Indian journal of veterinary science and animal husbandry - Volume 3,
Year: 1933
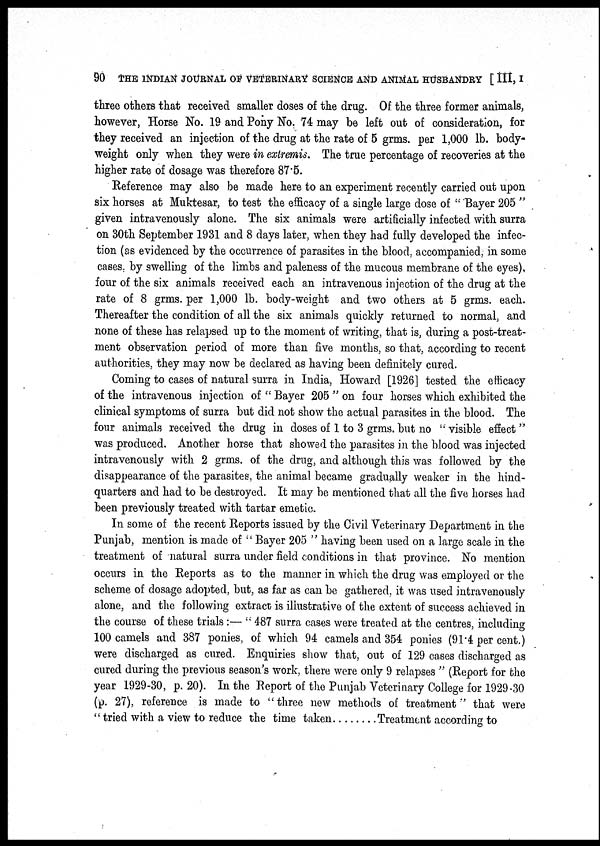
90 THE INDIAN JOURNAL OF VETERINARY SCIENCE AND ANIMAL HUSBANDRY [ III, I
three others that received smaller doses of the drug. Of the three former animals,
however, Horse No. 19 and Pony No. 74 may be left out of consideration, for
they received an injection of the drug at the rate of 5 grms. per 1,000 lb. body-
weight only when they were in extremis. The true percentage of recoveries at the
higher rate of dosage was therefore 87.5.
Reference may also be made here to an experiment recently carried out upon
six horses at Muktesar, to test the efficacy of a single large dose of ' ' Bayer 205 "
given intravenously alone. The six animals were artificially infected with surra
on 30th September 1931 and 8 days later, when they had fully developed the infec-
tion (as evidenced by the occurrence of parasites in the blood, accompanied, in some
cases, by swelling of the limbs and paleness of the mucous membrane of the eyes),
four of the six animals received each an intravenous injection of the drug at the
rate of 8 grms. per 1,000 lb. body-weight and two others at 5 grms. each.
Thereafter the condition of all the six animals quickly returned to normal, and
none of these has relapsed up to the moment of writing, that is, during a post-treat-
ment observation period of more than five months, so that, according to recent
authorities, they may now be declared as having been definitely cured.
Coming to cases of natural surra in India, Howard [1926] tested the efficacy
of the intravenous injection of " Bayer 205 " on four horses which exhibited the
clinical symptoms of surra but did not show the actual parasites in the blood. The
four animals received the drug in doses of 1 to 3 grms. but no visible effect "
was produced. Another horse that showed the parasites in the blood was injected
intravenously with 2 grms. of the drug, and although this was followed by the
disappearance of the parasites, the animal became gradually weaker in the hind-
quarters and had to be destroyed. It may be mentioned that all the five horses had
been previously treated with tartar emetic.
In some of the recent Reports issued by the Civil Veterinary Department in the
Punjab, mention is made of " Bayer 205 " having been used on a large scale in the
treatment of natural surra under field conditions in that province. No mention
occurs in the Reports as to the manner in which the drug was employed or the
scheme of dosage adopted, but, as far as can be gathered, it was used intravenously
alone, and the following extract is illustrative of the extent of success achieved in
the course of these trials :— " 487 surra cases were treated at the centres, including
100 camels and 387 ponies, of which 94 camels and 354 ponies (91.4 per cent.)
were discharged as cured. Enquiries show that, out of 129 cases discharged as
cured during the previous season's work, there were only 9 relapses " (Report for the
year 1929-30, p. 20). In the Report of the Punjab Veterinary College for 1929-30
(p. 27), reference is made to "three new methods of treatment" that were
" tried with a view to reduce the time taken
Treatment according to